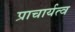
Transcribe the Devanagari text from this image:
प्राचार्यत्व